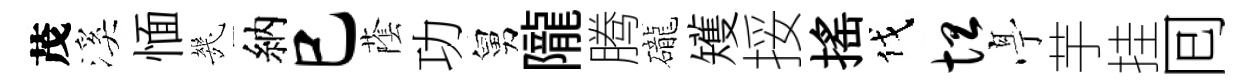
茂溪愐㡬納巳䕃功舅隴腾礲矱挼揺伐坦𠅘芋挂囘